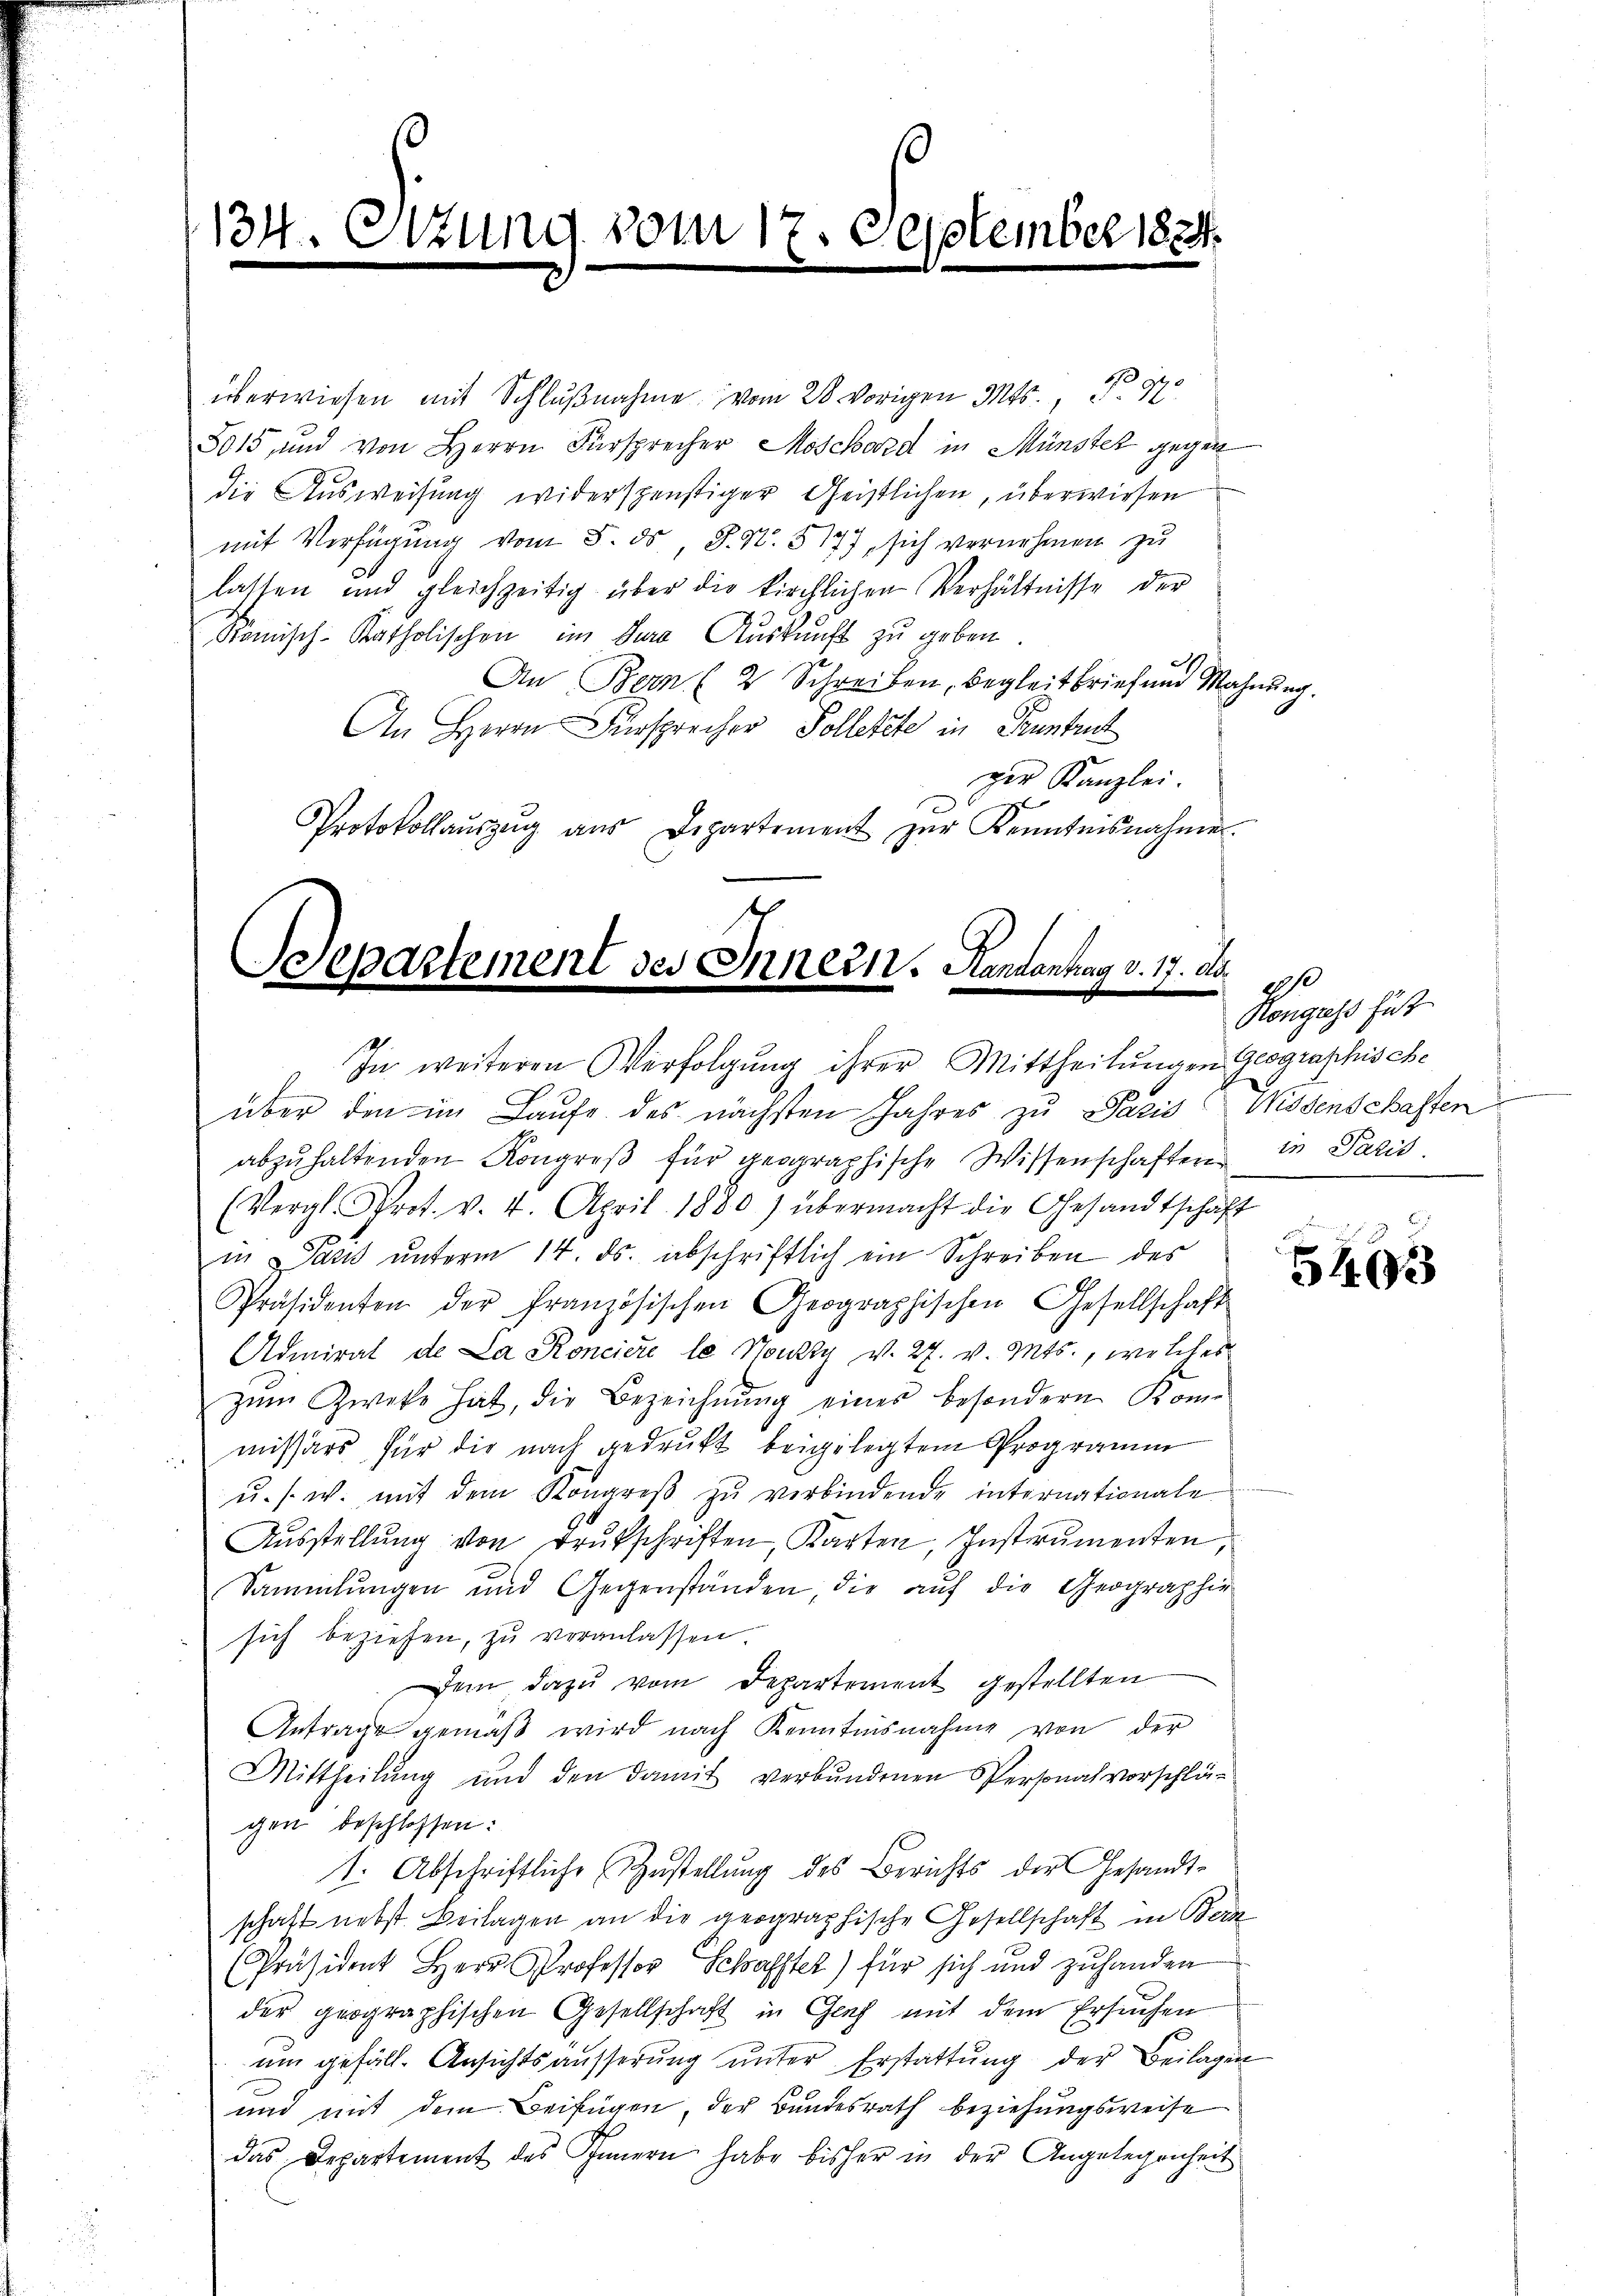
134. Ottung vom 17. September 1884.
m
e

überwiesen mit Schlŭβnahme vom 28. vorigen Mts., N. 27
5015, und von Herrn Fürsprecher Moschard in Münster gegen
die Ausweisung widerspenstiger Geistlichen, überwiesen

mit Verfügung vom 5. ds., S. N. 517), sich vernehmen zu
lassen und gleichzeitig über die kirchlichen Verhältnisse der
komisch-katholischen im Jura Auskunft zu geben
An Bern (2 Schreiben, Begleitbrief und Mahnung.
An Herrn Fürsprecher, Solletzte in Pruntruh
ger Kanzlei.
Protokollaŭszŭg aŭs Departement zŭr Kenntnisnahme.

Departement des Innern. Handantag v. 17. Au
In weiteren Verfolgŭng ihrer Mittheilŭngen Geographische

über den im Laufe des nächsten Jahres zu Paris Wissenschaften
abzŭhaltenden Kongreβ für geographische Wissenschaften in Paris
(Vergl. Prot. v. 4. April 1880) übermacht die Gesandtschaft
in Paris unterm 14. ds. abschriftlich ein Schreiben des
Präsidenten der französischen Geographischen Gesellschaft
Admiral de La Ronciere le Nouzzy v. 27. v. Mts., welches
zŭm Zweke hat, die Bezeichnŭng eines besondern Kome
missärs für die nach gedrukt beigelegtem Programm
u. s. w. mit dem Kongreβ zŭ verbindende internationale
Aŭsstellŭng von Drukschriften, Karten, Instrumenten,
Sammlungen und Gegenständen, die auf die Geographir
sich beziehen, zu veranlassen.
Dem dazu vom Departement gestellten
Antrage gemäβ wird nach Kenntnisnahme von der
Mittheilung und den damit verbundenen Personalvorschlägen beschlossen:
1. Abschriftliche Zustellung des Berichts der Gesandt-
schaft nebst Beilagen an die geographische Gesellschaft in Bera
Präsident Herr Professor Schaffter) für sich und zuhanden
der geographischen Gesellschaft in Genf mit dem Ersuchen
um gefäll. Ansichts äusserŭng ŭnter Erstattung der Beilagen
und mit dem Beifügen, der Bundesrath beziehungsweise
das Departement des Innern habe bisher in der Angelegenheit

20
Rongress für

5493